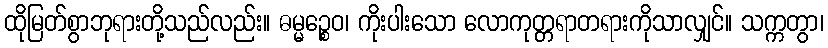
ထိုမြတ်စွာဘုရားတို့သည်လည်း။ ဓမ္မဉ္စေဝ၊ ကိုးပါးသော လောကုတ္တရာတရားကိုသာလျှင်။ သက္ကတွာ၊